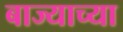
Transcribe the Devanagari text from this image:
बाज्याच्या